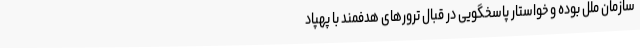
سازمان ملل بوده و خواستار پاسخگویی در قبال ترورهای هدفمند با پهپاد